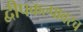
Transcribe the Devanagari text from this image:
द्वीपकल्पावरच